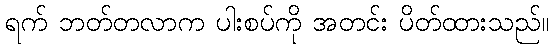
ရက် ဘတ်တလာက ပါးစပ်ကို အတင်း ပိတ်ထားသည်။